Lunatic asylums Madras 1892-1911 - 1892-1911
Year: 1892
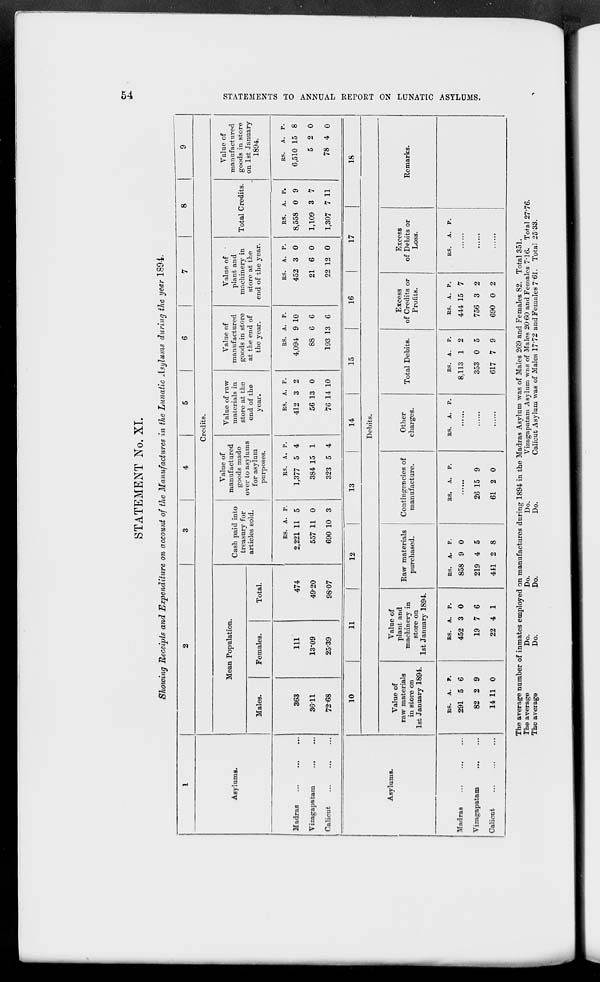
STATEMENT No. XL
Showing Receipts and Expenditure on account of the Manufactures in the Lunatic Asylums during the year 1894.
1
2
3
4
5
6
7
8
9
Asylums.
Credits.
Mean Population.
Cash paid into
treasury for
articles sold.
Value of
manufactured
goods mado
over to asylums
for asylum
purposes.
Value of raw
materials in
store at the
end of the
year.
Value of
manufactured
goods in store
at the end of
the year.
Value of
plant and
machinery in
store at the
end of the year.
Total Credits.
Value of
manufactured
goods in store
on 1st January
1894.
Males.
Females.
Total.
Madras
Vizagapatam
Calicut
363
36-11
7268
Ill
13*09
2539
474
49-20
98-07
ES. A. P.
2,221 11 5
557 11 0
690 10 3
ES. A. P.
1,377 5 4
384 15 1
323 5 4
ES. A. P.
412 3 2
56 13 0
76 14 10
ES. A. P.
4,094 9 10
88 6 6
193 13 6
BS. A. P.
452 3 0
21 6 0
22 12 0
ES. A. P.
8,558 0 9
1,109 3 7
1,307 7 11
BS.
A. P.
6,510 15 8
5 2 0
78 4 0
Asylums.
10
11
12
13
14
15
16
17
18
Debits.
Value of
raw materials
in store on
1st January 1894.
Value of
plant and
machinery in
store on
1st January 1894.
Raw materials
purchased.
Contingencies of
manufacture.
Other
charges.
Total Debits.
Excess
of Credits or
Profits.
Excess
of Debits or
Loss.
Remarks.
Madras
Vizagapatam
Calicut
ES. A. P.
291 5 6
82 2 9
14 11 0
ES. A. P.
452 3 0
19 7 6
22 4 1
ES. A. P.
858 9 0
219 4 5
441 2 8
ES. A. P.
26 15 9
61 2 0
ES. A. P.
ES. A. P.
8,113 1 2
353 0 5
617 7 9
ES. A. P.
444 15 7
756 3 2
690 0 2
ES.
A. P.
>
K
!25
xn
►3
O
>
>
fed
h3
O
fed
o
f
a
if
O
>
CO
f*
a
GO
The average number of inmates employed on manufactures during 1894 in the Madras Asylum was of Males 269 and Females 82. Total 351.
The average
Do.
Do.
Do.
Vizagapatam Asylum was of Males 20 60 and Females 7'16. Total 2776.
The average
Do.
Do.
Do.
Calicut Asylum was of Males 17 # 72 and Females 7 61. Total 2533.